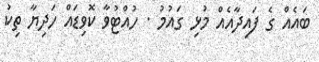
ބައެއް ގެ ފައިދާއެއް މުޅި ގައުމު . ހުއްޓުވާ ކޮވިޑައް ހަދިޔާ ތިކު